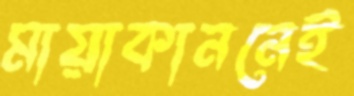
মায়াকাননেই